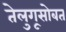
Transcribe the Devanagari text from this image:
तेलुगूसोबत